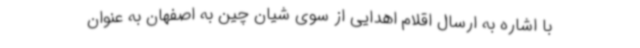
با اشاره به ارسال اقلام اهدایی از سوی شیان چین به اصفهان به عنوان